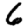
Digit: 6